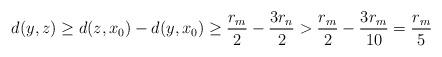
LaTeX: \begin{align*} d(y,z) \geq d(z,x_0) - d(y,x_0) \geq \frac{r_m}{2} - \frac{3r_n}{2} > \frac{r_m}{2} - \frac{3r_m}{10} = \frac{r_m}{5}\end{align*}